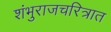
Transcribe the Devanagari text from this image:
शंभुराजचरित्रात